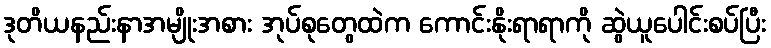
ဒုတိယနည်းနာအမျိုးအစား အုပ်စုတွေထဲက ကောင်းနိုးရာရာကို ဆွဲယူပေါင်းစပ်ပြီး